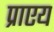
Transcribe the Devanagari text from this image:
प्राएय